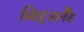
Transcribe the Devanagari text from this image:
स्विट्जर्लैंड